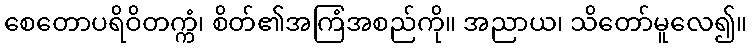
စေတောပရိဝိတက္ကံ၊ စိတ်၏အကြံအစည်ကို။ အညာယ၊ သိတော်မူလေ၍။